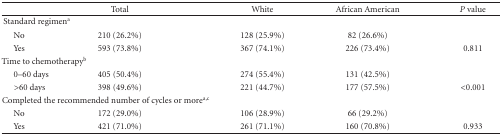
<table><thead><tr><td></td><td><b>Total</b></td><td></td><td><b>White</b></td><td><b>African American</b></td><td><b><i>P</i> value</b></td></tr></thead><tbody><tr><td colspan="2">Standard regimen<sup>a</sup></td><td></td><td></td><td></td><td></td></tr><tr><td> No</td><td>210 (26.2%)</td><td></td><td>128 (25.9%)</td><td>82 (26.6%)</td><td></td></tr><tr><td> Yes</td><td>593 (73.8%)</td><td></td><td>367 (74.1%)</td><td>226 (73.4%)</td><td>0.811</td></tr><tr><td colspan="2">Time to chemotherapy<sup>b</sup></td><td></td><td></td><td></td><td></td></tr><tr><td>0–60 days</td><td>405 (50.4%)</td><td></td><td>274 (55.4%)</td><td>131 (42.5%)</td><td></td></tr><tr><td>&gt;60 days</td><td>398 (49.6%)</td><td></td><td>221 (44.7%)</td><td>177 (57.5%)</td><td>&lt;0.001</td></tr><tr><td colspan="5">Completed the recommended number of cycles or more<sup>a,c</sup></td><td></td></tr><tr><td> No</td><td>172 (29.0%)</td><td></td><td>106 (28.9%)</td><td>66 (29.2%)</td><td></td></tr><tr><td> Yes</td><td>421 (71.0%)</td><td></td><td>261 (71.1%)</td><td>160 (70.8%)</td><td>0.933</td></tr></tbody></table>